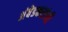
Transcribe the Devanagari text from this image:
अंबेडकरांनी